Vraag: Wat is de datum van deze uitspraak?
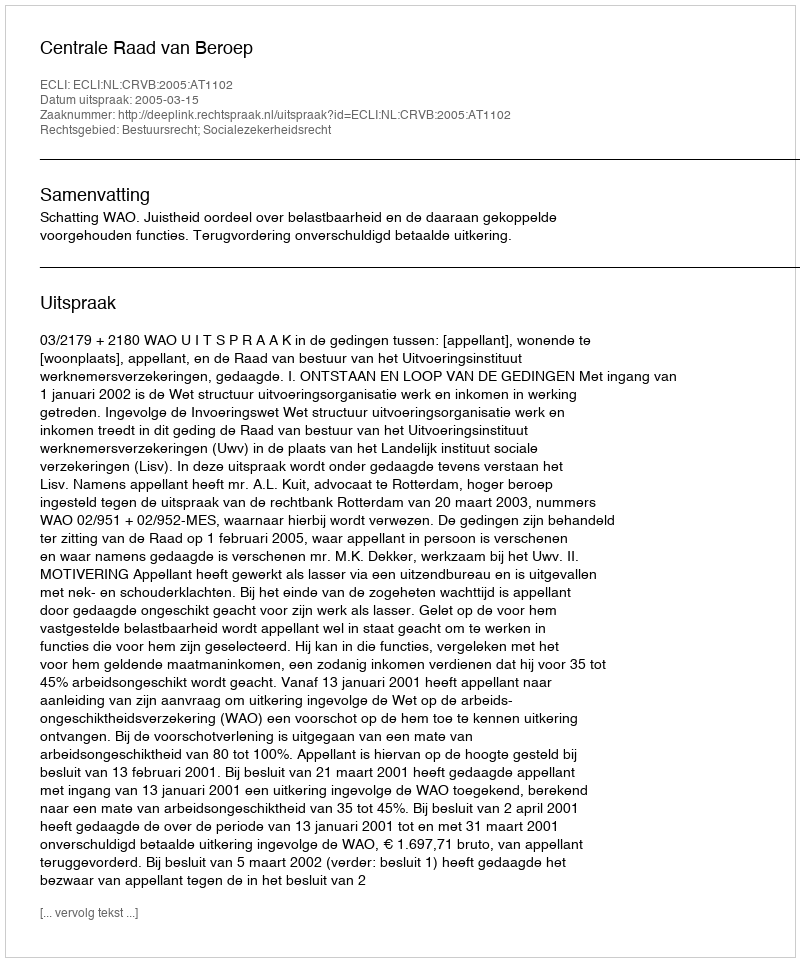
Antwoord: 2005-03-15